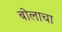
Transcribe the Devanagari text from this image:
बोलाचा